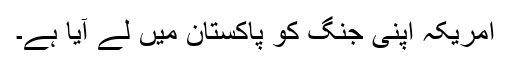
امریکہ اپنی جنگ کو پاکستان میں لے آیا ہے۔